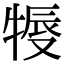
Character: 𤚨